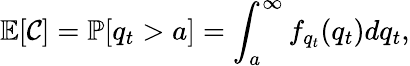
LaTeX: \mathbb{E}[\mathcal{C}]=\mathbb{P}[q_{t}>a]=\int_{a}^{\infty}f_{q_{t}}(q_{t})dq_{t},